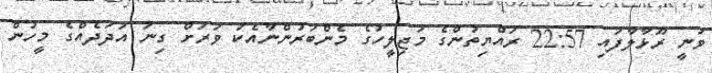
ވަނީ ރޫޅާލާފައި 22:57 ރައްޔިތުންގެ މަޖިލީހުގެ މެންބަރުންނާއެކު ވަރަށް ގިނަ އަދަދެއްގެ މީހުން